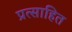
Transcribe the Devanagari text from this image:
प्रत्साहित